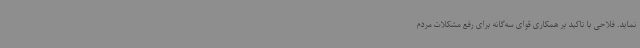
نماید. فلاحی با تاکید بر همکاری قوای سه‌گانه برای رفع مشکلات مردم